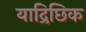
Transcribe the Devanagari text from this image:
याद्रिछिक